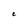
Character: C